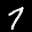
Label: 7